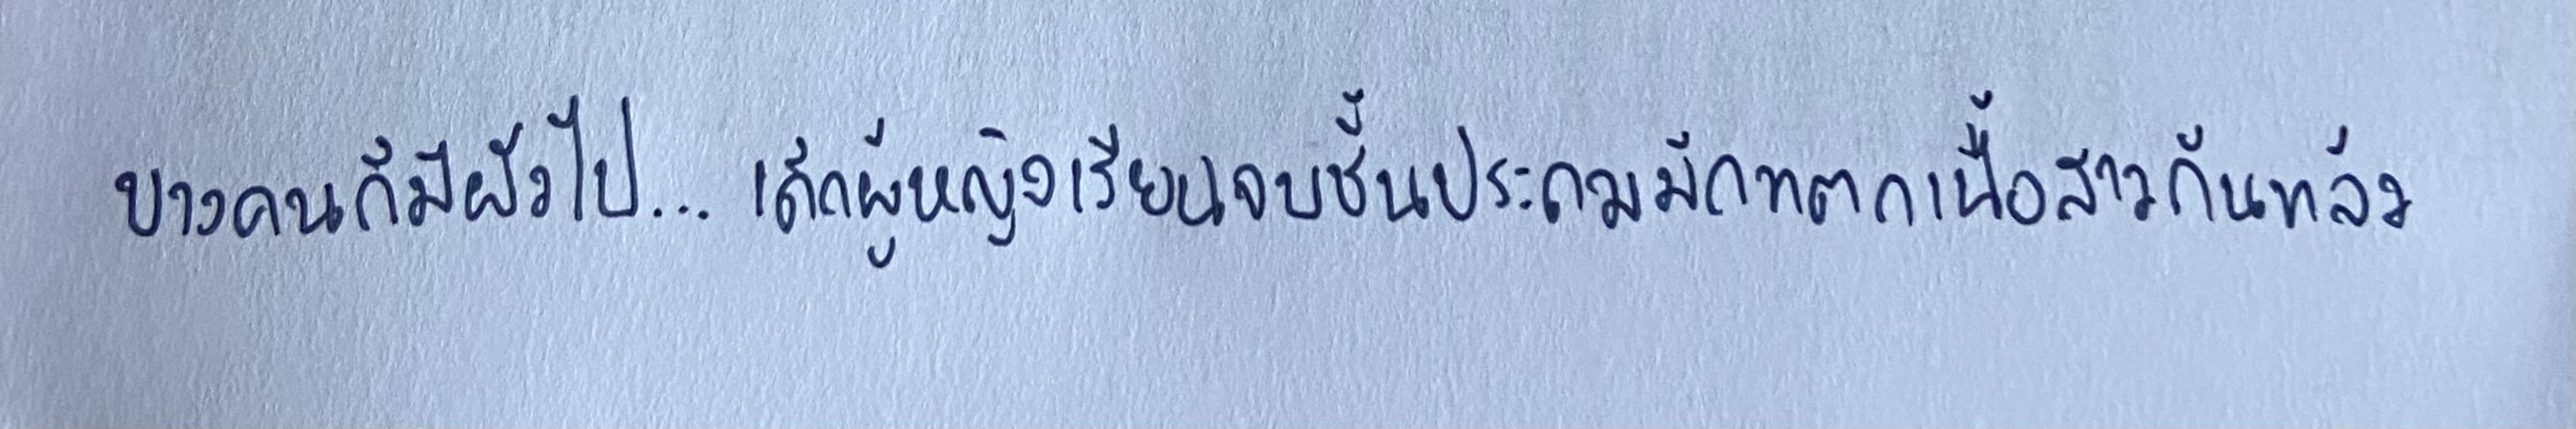
บางคนก็มีผัวไป...เด็กผู้หญิงเรียนจบชั้นประถมมักแตกเนื้อสาวกันแล้ว